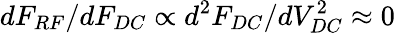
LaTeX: dF_{RF}/dF_{DC}\propto d^{2}F_{DC}/dV_{DC}^{2}\approx 0